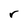
Character: r